Papers set at the Examination for Leaving Certificates, 1891
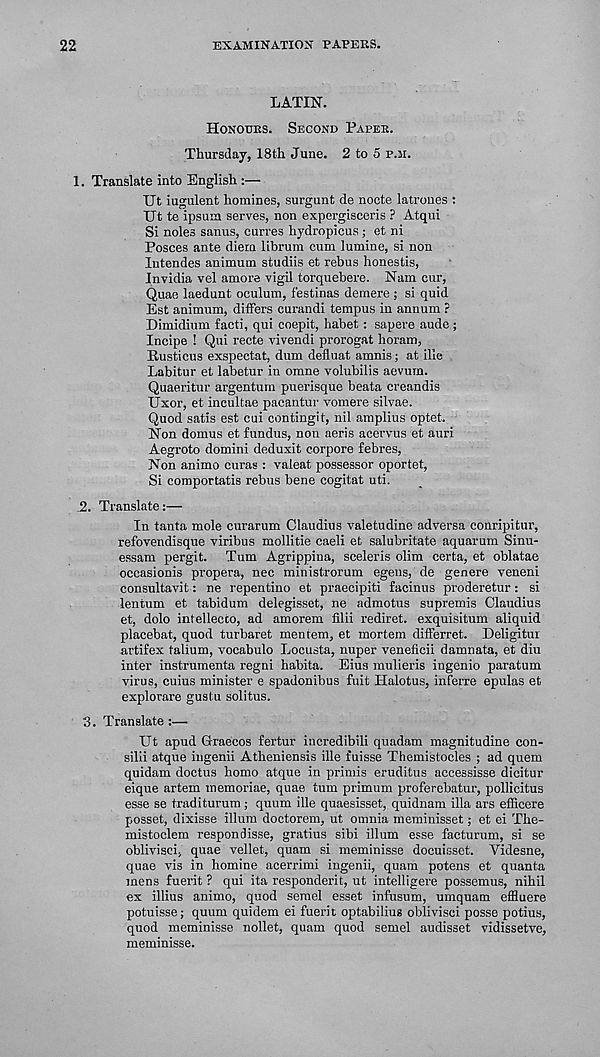
22
EXAMINATION PAPERS.
LATIN.
HONOURS.
SECOND PAPER.
Thursday, I8th June. 2 to 5 P.M.
1. Translate into English :—
Ut iugulent homines, surgunt de nocte latroues :
Ut te ipsum serves, non expergisceris ? Atqui
Si noles sanus, curres hydropicus; et ni
Posces ante diem librum cum lumine, si non
Intendes animum studiis et rebus honestis,
Invidia vel amore vigil torquebere. Nam cur,
Quae laedunt oculum, festinas demere ; si quid
Est animum, differs curandi tempus in annum ?
Dimidium facti, qui coepit, habet: sapere aude;
Incipe ! Qui recte vivendi prorogat horam,
Eusticus exspectat, dum defluat amnis; at ille .
Labitur et labetur in omne volubilis aevum.
Quaeritur argentum puerisque beata creandis
Uxor, et incultae pacantur vomere silvae.
Quod satis est cui contingit, nil amplius optet.
Non domus et fundus, non aeris acervus et auri
Aegroto domini deduxit corpore febres,
Non animo curas : valeat possessor oportet,
Si comportatis rebus bene cogitat uti.
.2. Translate:—
In tanta mole curarum Claudius valetudine adversa conripitur,
refovendisque viribus mollitie caeli et salubritate aquarum Sinu-
essam pergit. Turn Agrippina, sceleris olim certa, et oblatae
occasionis propera, nec ministrorum egens, de genere veneni
consultavit: ne repentino et praecipiti facinus proderetur: si
lentum et tabidum delegisset, ne admotus supremis Claudius
et, dole intellecto, ad amorem filii rediret. exquisitum aliquid
placebat, quod turbaret mentem, et mortem differret. Deligitui
artifex talium, vocabulo Locusta, nuper veneficii damnata, et diu
inter instrumenta regni habita. Eiua mulieris ingenio paratum
virus, cuius minister e spadonibus fuit Halotus, inferre epulas et
explorare gustu solitus.
3. Translate:—
Ut apud Graecos fertur iucredibili quadam magnitudine con-
silii atque ingenii Atheniensis ille fuisse Themistocles ; ad quern
quidam doctus homo atque in primis eruditus accessisse dicitur
eique artem memoriae, quae turn primum proferebatur, pollicitus
esse se traditurum; quum ille quaesisset, quidnam ilia ars efficere
posset, dixisse ilium doctorem, ut omnia meminisset; et ei The-
mistoclem responclisse, gratius sibi ilium esse facturum, si se
oblivisci, quae vellet, quam si meminisse docuisset. Videsne,
quae vis in homine acerrimi ingenii, quam potens et quanta
mens fuerit ? qui ita responderit, ut intelligere possemus, nihil
ex illius animo, quod semel esset infusum, umquam effluere
potuisse; quum quidem ei fuerit optabilius oblivisci posse potius,
quod meminisse nollet, quam quod semel audisset vidissetve,
meminisse.